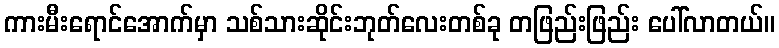
ကားမီးရောင်အောက်မှာ သစ်သားဆိုင်းဘုတ်လေးတစ်ခု တဖြည်းဖြည်း ပေါ်လာတယ်။